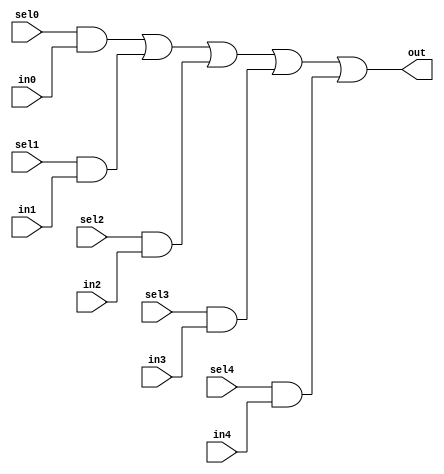
module oh_mux5 #(parameter DW = 1 ) 
   (
    input 	    sel4,
    input 	    sel3,
    input 	    sel2,
    input 	    sel1,
    input 	    sel0,
    input [DW-1:0]  in4,
    input [DW-1:0]  in3,
    input [DW-1:0]  in2,
    input [DW-1:0]  in1,
    input [DW-1:0]  in0, 
    output [DW-1:0] out  
    );
   assign out[DW-1:0] = ({(DW){sel0}} & in0[DW-1:0] |
			 {(DW){sel1}} & in1[DW-1:0] |
			 {(DW){sel2}} & in2[DW-1:0] |
			 {(DW){sel3}} & in3[DW-1:0] |
			 {(DW){sel4}} & in4[DW-1:0]);
endmodule